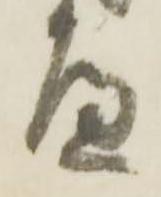
遍